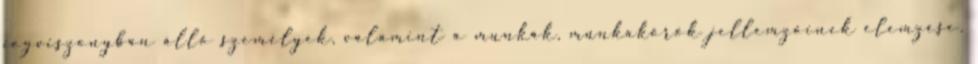
jogviszonyban álló személyek, valamint a munkák, munkakörök jellemzőinek elemzése.